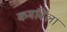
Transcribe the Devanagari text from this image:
कमविला